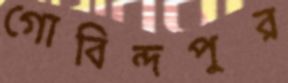
গোবিন্দপুর